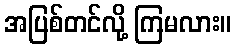
အပြစ်တင်လို့ ကြမလား။